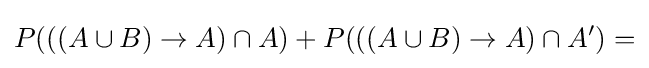
P(((A\cup B)\rightarrow A)\cap A)+P(((A\cup B)\rightarrow A)\cap A')=